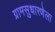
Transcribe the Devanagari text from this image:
ग्रामसुधारणेला